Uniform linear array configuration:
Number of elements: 48
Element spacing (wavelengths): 0.75
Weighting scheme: cosine
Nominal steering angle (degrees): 0
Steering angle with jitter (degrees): -0.2142
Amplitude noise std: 0.05
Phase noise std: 0.05

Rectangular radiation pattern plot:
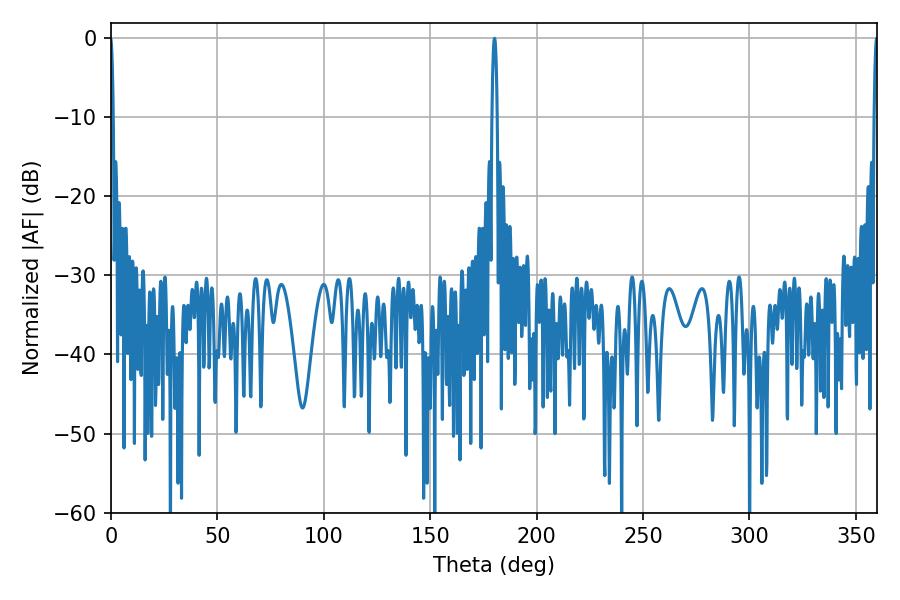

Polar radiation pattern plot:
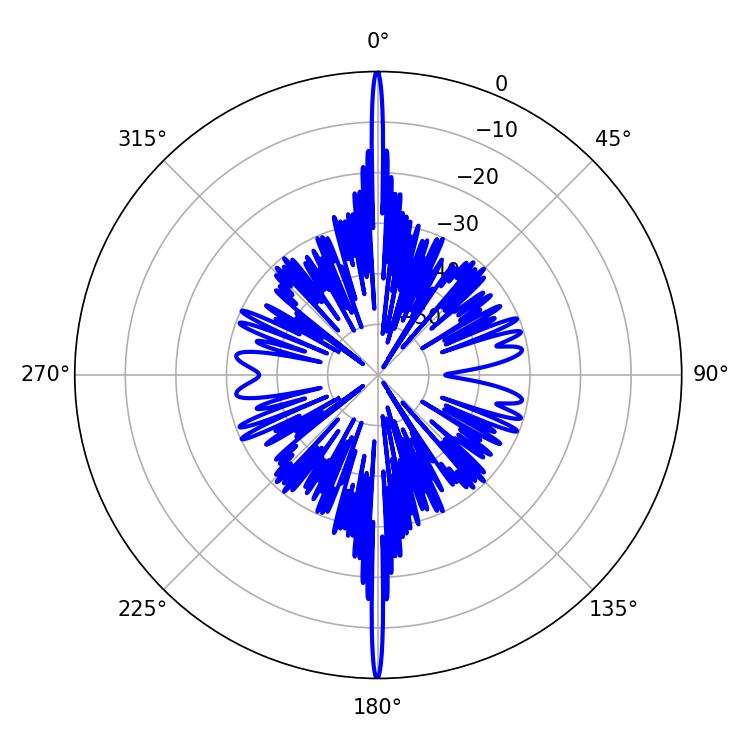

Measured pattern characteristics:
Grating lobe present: TRUE
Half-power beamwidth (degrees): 1.26
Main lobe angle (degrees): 180.18